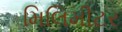
મિલિમીટર